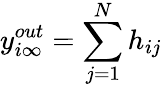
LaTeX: y_{i\infty}^{out}=\sum_{j=1}^{N}h_{ij}